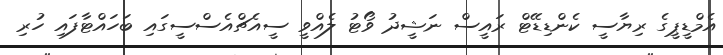
އެމްޑީޕީގެ ރިޔާސީ ކެންޑިޑޭޓް ރައީސް ނަޝީދު ވޯޓު ލެއްވީ ސީއެޗްއެސްސީގައި ބަހައްޓާފައި ހުރި